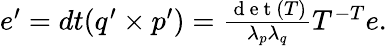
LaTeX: \begin{array}{r}{e^{\prime}=dt(q^{\prime}\times p^{\prime})=\frac{\mathrm{~d~e~t~}(T)}{\lambda_{p}\lambda_{q}}T^{-T}e.}\end{array}